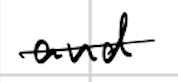
Text: and
Cross-out: single-line
Writing tool: digital_black